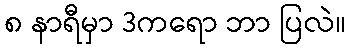
၈ နာရီမှာ 3ကရော ဘာ ပြလဲ။